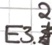
Text: E3.2